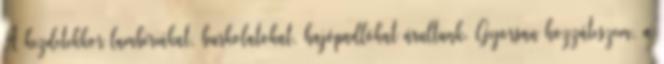
A kezdetekkor lambériákat, burkolatokat, hajópadlókat árultunk. Gyorsan hozzáteszem, a